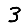
Digit: 3